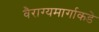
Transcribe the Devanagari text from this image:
वैराग्यमार्गाकडे